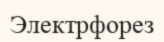
Электрфорез